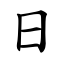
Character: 日